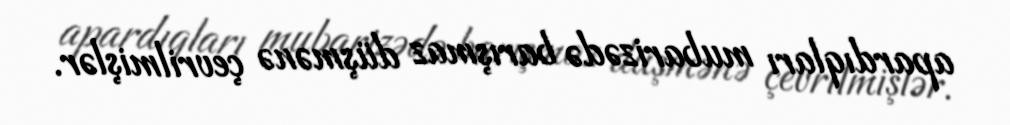
apardıqları mubarizədə barışmaz düşmənə çevrilmişlər.